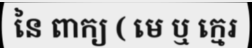
នៃ ពាក្យ ( មេ ឬ ក្មេរ